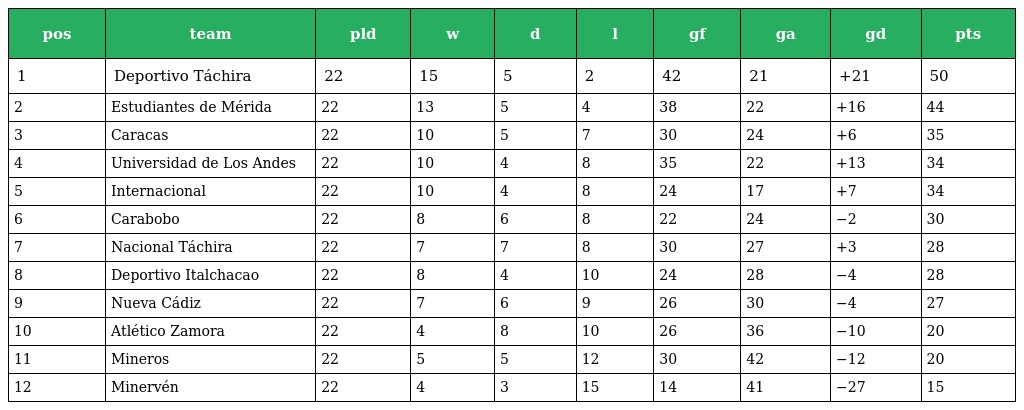
| pos | team | pld | w | d | l | gf | ga | gd | pts |
 | --- | --- | --- | --- | --- | --- | --- | --- | --- | --- |
 | 1 | Deportivo Táchira | 22 | 15 | 5 | 2 | 42 | 21 | +21 | 50 |
 | 2 | Estudiantes de Mérida | 22 | 13 | 5 | 4 | 38 | 22 | +16 | 44 |
 | 3 | Caracas | 22 | 10 | 5 | 7 | 30 | 24 | +6 | 35 |
 | 4 | Universidad de Los Andes | 22 | 10 | 4 | 8 | 35 | 22 | +13 | 34 |
 | 5 | Internacional | 22 | 10 | 4 | 8 | 24 | 17 | +7 | 34 |
 | 6 | Carabobo | 22 | 8 | 6 | 8 | 22 | 24 | −2 | 30 |
 | 7 | Nacional Táchira | 22 | 7 | 7 | 8 | 30 | 27 | +3 | 28 |
 | 8 | Deportivo Italchacao | 22 | 8 | 4 | 10 | 24 | 28 | −4 | 28 |
 | 9 | Nueva Cádiz | 22 | 7 | 6 | 9 | 26 | 30 | −4 | 27 |
 | 10 | Atlético Zamora | 22 | 4 | 8 | 10 | 26 | 36 | −10 | 20 |
 | 11 | Mineros | 22 | 5 | 5 | 12 | 30 | 42 | −12 | 20 |
 | 12 | Minervén | 22 | 4 | 3 | 15 | 14 | 41 | −27 | 15 |